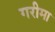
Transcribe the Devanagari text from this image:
गरीमा